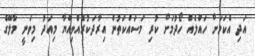
އަދި އެކަމަށް ހައްލެއް ހޯދުމަށް ކުރި މަސައްކަތުން އިރާދަކުރެއްވިއްޔާ މިއަދު މިވަނީ މާލޭގެ